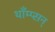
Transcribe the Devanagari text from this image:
थाँम्प्सन्